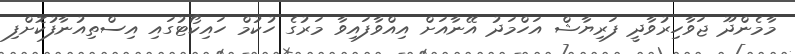
މާމެންދޫ ޖަވާހިރުވާދީ ފަރިޔާޝް އަހްމަދު އޭނާއަށް އިއްވާފައިވާ މަރުގެ ހުކުމް ހައިކޯޓުގައި އިސްތިއުނާފުކޮށްފި